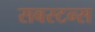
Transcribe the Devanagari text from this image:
सबस्टन्स